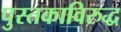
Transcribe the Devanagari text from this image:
पुस्तकाविरुद्ध